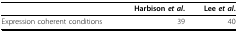
|  | Harbison et al. | Lee et al. |
 | --- | --- | --- |
 | Expression coherent conditions | 39 | 40 |